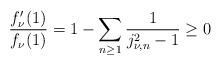
LaTeX: \begin{align*}\frac{f_{\nu}'(1)}{f_{\nu}(1)}=1-\sum_{n\geq1}\frac{1}{j_{\nu,n}^2-1}\geq0\end{align*}